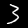
Digit: 3